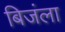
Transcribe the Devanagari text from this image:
बिजंला